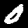
Label: 0